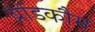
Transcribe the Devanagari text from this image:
ब्रॉडकौम